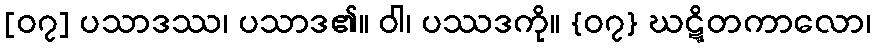
[၀၇] ပသာဒဿ၊ ပသာဒ၏။ ဝါ၊ ပဿဒကို။ {၀၇} ဃဋ္ဋိတကာလော၊